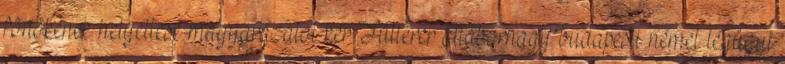
fõnökének helyettese magyarázatot kér Fütterer altábornagy budapesti német légügyi